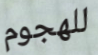
للهجوم